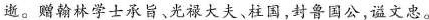
逝。\underset{·}{赠}翰林学士承旨、光禄大夫、柱国，封鲁国公，谥文忠。